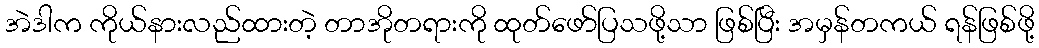
အဲဒါက ကိုယ်နားလည်ထားတဲ့ တာအိုတရားကို ထုတ်ဖော်ပြသဖို့သာ ဖြစ်ပြီး အမှန်တကယ် ရန်ဖြစ်ဖို့